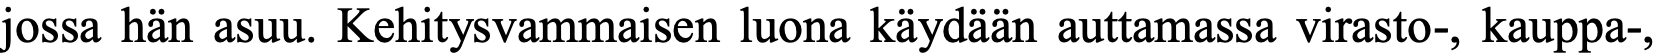
jossa hän asuu. Kehitysvammaisen luona käydään auttamassa virasto-, kauppa-,